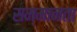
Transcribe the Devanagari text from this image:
सम्मानता